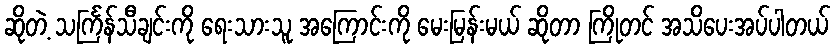
ဆိုတဲ့ သင်္ကြန်သီချင်းကို ရေးသားသူ အကြောင်းကို မေးမြန်းမယ် ဆိုတာ ကြိုတင် အသိပေးအပ်ပါတယ်